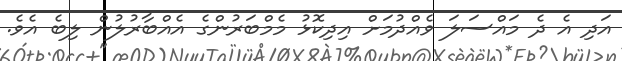
އަދި އެ ދެ މައްސަލަ ވެއްދުމަށް އިދިކޮޅު މެމްބަރުންގެ އެއްބާރުލުން ލިބެ އެވެ.